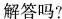
解答吗?